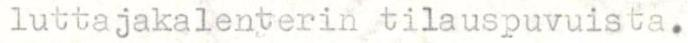
luttajakalenterin tilauspuvuista.